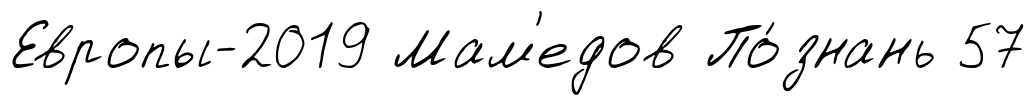
Европы-2019 Мам'едов По́знань 57